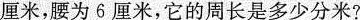
厘米，腰为6厘米，它的周长是多少分米?